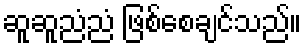
ဆူဆူညံညံ ဖြစ်စေချင်သည်။